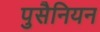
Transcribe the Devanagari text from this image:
पुसैनियन